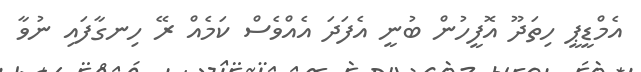
އެމްޑީޕީ ހިތަދޫ އޮފީހުން ބުނީ އެފަދަ އެއްވެސް ކަމެއް ރޭ ހިނގާފައި ނުވާ